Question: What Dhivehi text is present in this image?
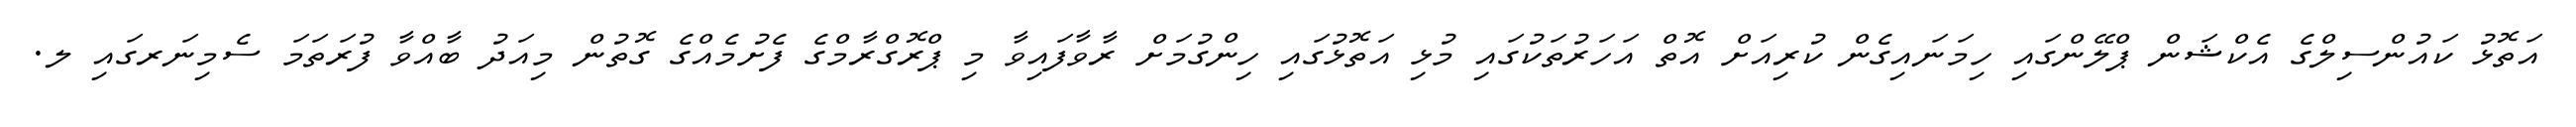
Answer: އަތޮޅު ކައުންސިލްގެ އެކްޝަން ޕްލޭންގައި ހިމަނައިގެން ކުރިއަށް އޮތް އަހަރުތަކުގައި މުޅި އަތޮޅުގައި ހިންގުމަށް ރާވާފައިވާ މި ޕްރޮގްރާމްގެ ފެށުމެއްގެ ގޮތުން މިއަދު ބާއްވާ ފުރަތަމަ ސެމިނަރގައި ލ.